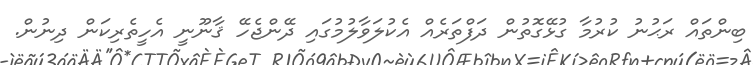
ބިންތައް ރަޙުނު ކުރުމާ ގުޅޭގޮތުން ދަފްތަރެއް އެކުލަވާލުމުގައި ދޭންޖެހޭ ޤާނޫނީ އެހީތެރިކަން ދިނުން.